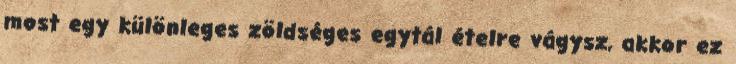
most egy különleges zöldséges egytál ételre vágysz, akkor ez